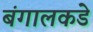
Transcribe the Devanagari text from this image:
बंगालकडे